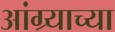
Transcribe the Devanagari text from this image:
आंग्र्याच्या